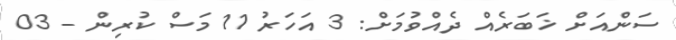
ސަންއަށް ޚަބަރެއް ދެއްވުމަށް: 3 އަހަރު 11 މަސް ކުރިން - 03